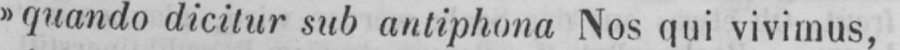
»guando dicitur sub antiphona Nos qui vivimus,